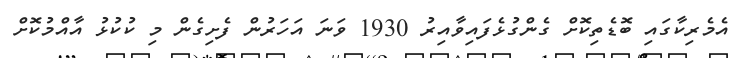
އެމެރިކާގައި ބޮޑެތިކޮށް ގެންގުޅެފައިވާއިރު 1930 ވަނަ އަހަރުން ފެށިގެން މި ކުކުޅު އާއްމުކޮށް